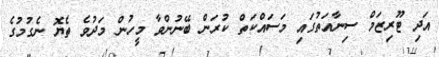
އަދި ޓޫރިޒަމް ސިނާއަތުގައި މަސައްކަތް ކުރަން ބޭނުންވާ މީހުން މަދުވެ ތެޔޮ ނެގުމުގެ